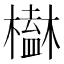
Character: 𣝒